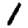
Digit: 1